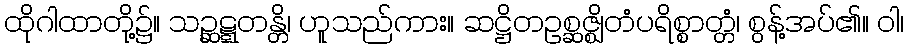
ထိုဂါထာတို့၌။ သဉ္ဆဋ္ဋတန္တိ၊ ဟူသည်ကား။ ဆဋ္ဌိတဥစ္ဆဇ္ဈိတံပရိစ္စာတ္တံ၊ စွန့်အပ်၏။ ဝါ၊